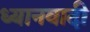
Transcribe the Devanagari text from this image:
ध्यानवादी